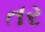
તર